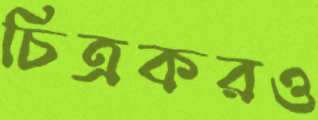
চিত্রকরও